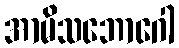
အာမိသဘောဂေါ